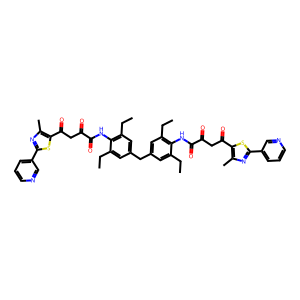
SMILES: CCc1cc(Cc2cc(CC)c(NC(=O)C(=O)CC(=O)c3sc(-c4cccnc4)nc3C)c(CC)c2)cc(CC)c1NC(=O)C(=O)CC(=O)c1sc(-c2cccnc2)nc1C
Inhibits HIV replication: No